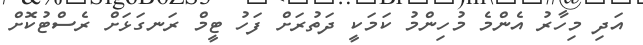
އަދި މިހާރު އެންމެ މުހިންމު ކަމަކީ ދަތުރަށް ފަހު ޓީމް ރަނގަޅަށް ރެސްޓުކޮށް